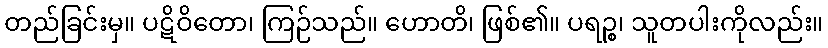
တည်ခြင်းမှ။ ပဋိဝိတော၊ ကြဉ်သည်။ ဟောတိ၊ ဖြစ်၏။ ပရဉ္စ၊ သူတပါးကိုလည်း။